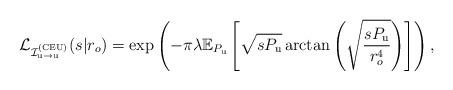
LaTeX: \begin{align*}\mathcal{L}_{\mathcal{I}^{({\rm CEU})}_{\rm u \rightarrow u}}(s|r_o)=\exp \left(- \pi \lambda \mathbb{E}_{P_{\rm{u}}}\left[ \sqrt{s P_{\rm{u}} } \arctan \left(\sqrt{\frac{s P_{\rm{u}}}{r_o^4}} \right) \right] \right),\end{align*}